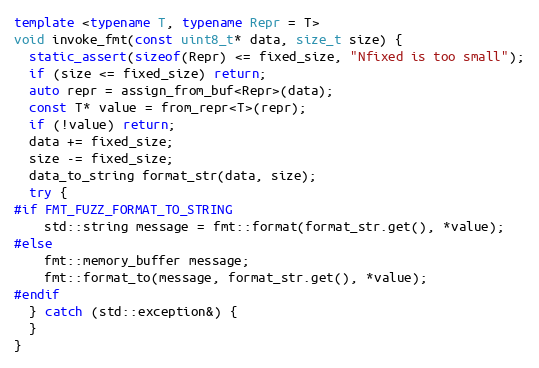
Language: C++
template <typename T, typename Repr = T>
void invoke_fmt(const uint8_t* data, size_t size) {
  static_assert(sizeof(Repr) <= fixed_size, "Nfixed is too small");
  if (size <= fixed_size) return;
  auto repr = assign_from_buf<Repr>(data);
  const T* value = from_repr<T>(repr);
  if (!value) return;
  data += fixed_size;
  size -= fixed_size;
  data_to_string format_str(data, size);
  try {
#if FMT_FUZZ_FORMAT_TO_STRING
    std::string message = fmt::format(format_str.get(), *value);
#else
    fmt::memory_buffer message;
    fmt::format_to(message, format_str.get(), *value);
#endif
  } catch (std::exception&) {
  }
}